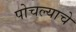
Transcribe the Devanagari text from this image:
पोचल्याचे